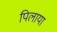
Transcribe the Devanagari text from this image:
पिलाया